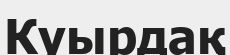
Куырдақ